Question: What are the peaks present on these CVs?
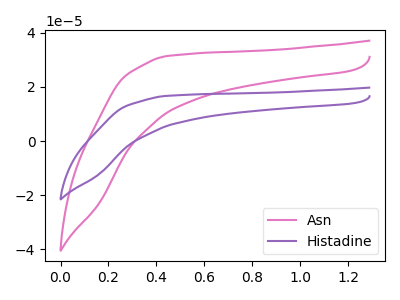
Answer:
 <answer>The pink curve "Asn" has no peaks. The purple curve "Histadine" has no peaks.</answer>
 <eval></eval>